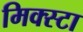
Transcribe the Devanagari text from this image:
मिक्स्टा